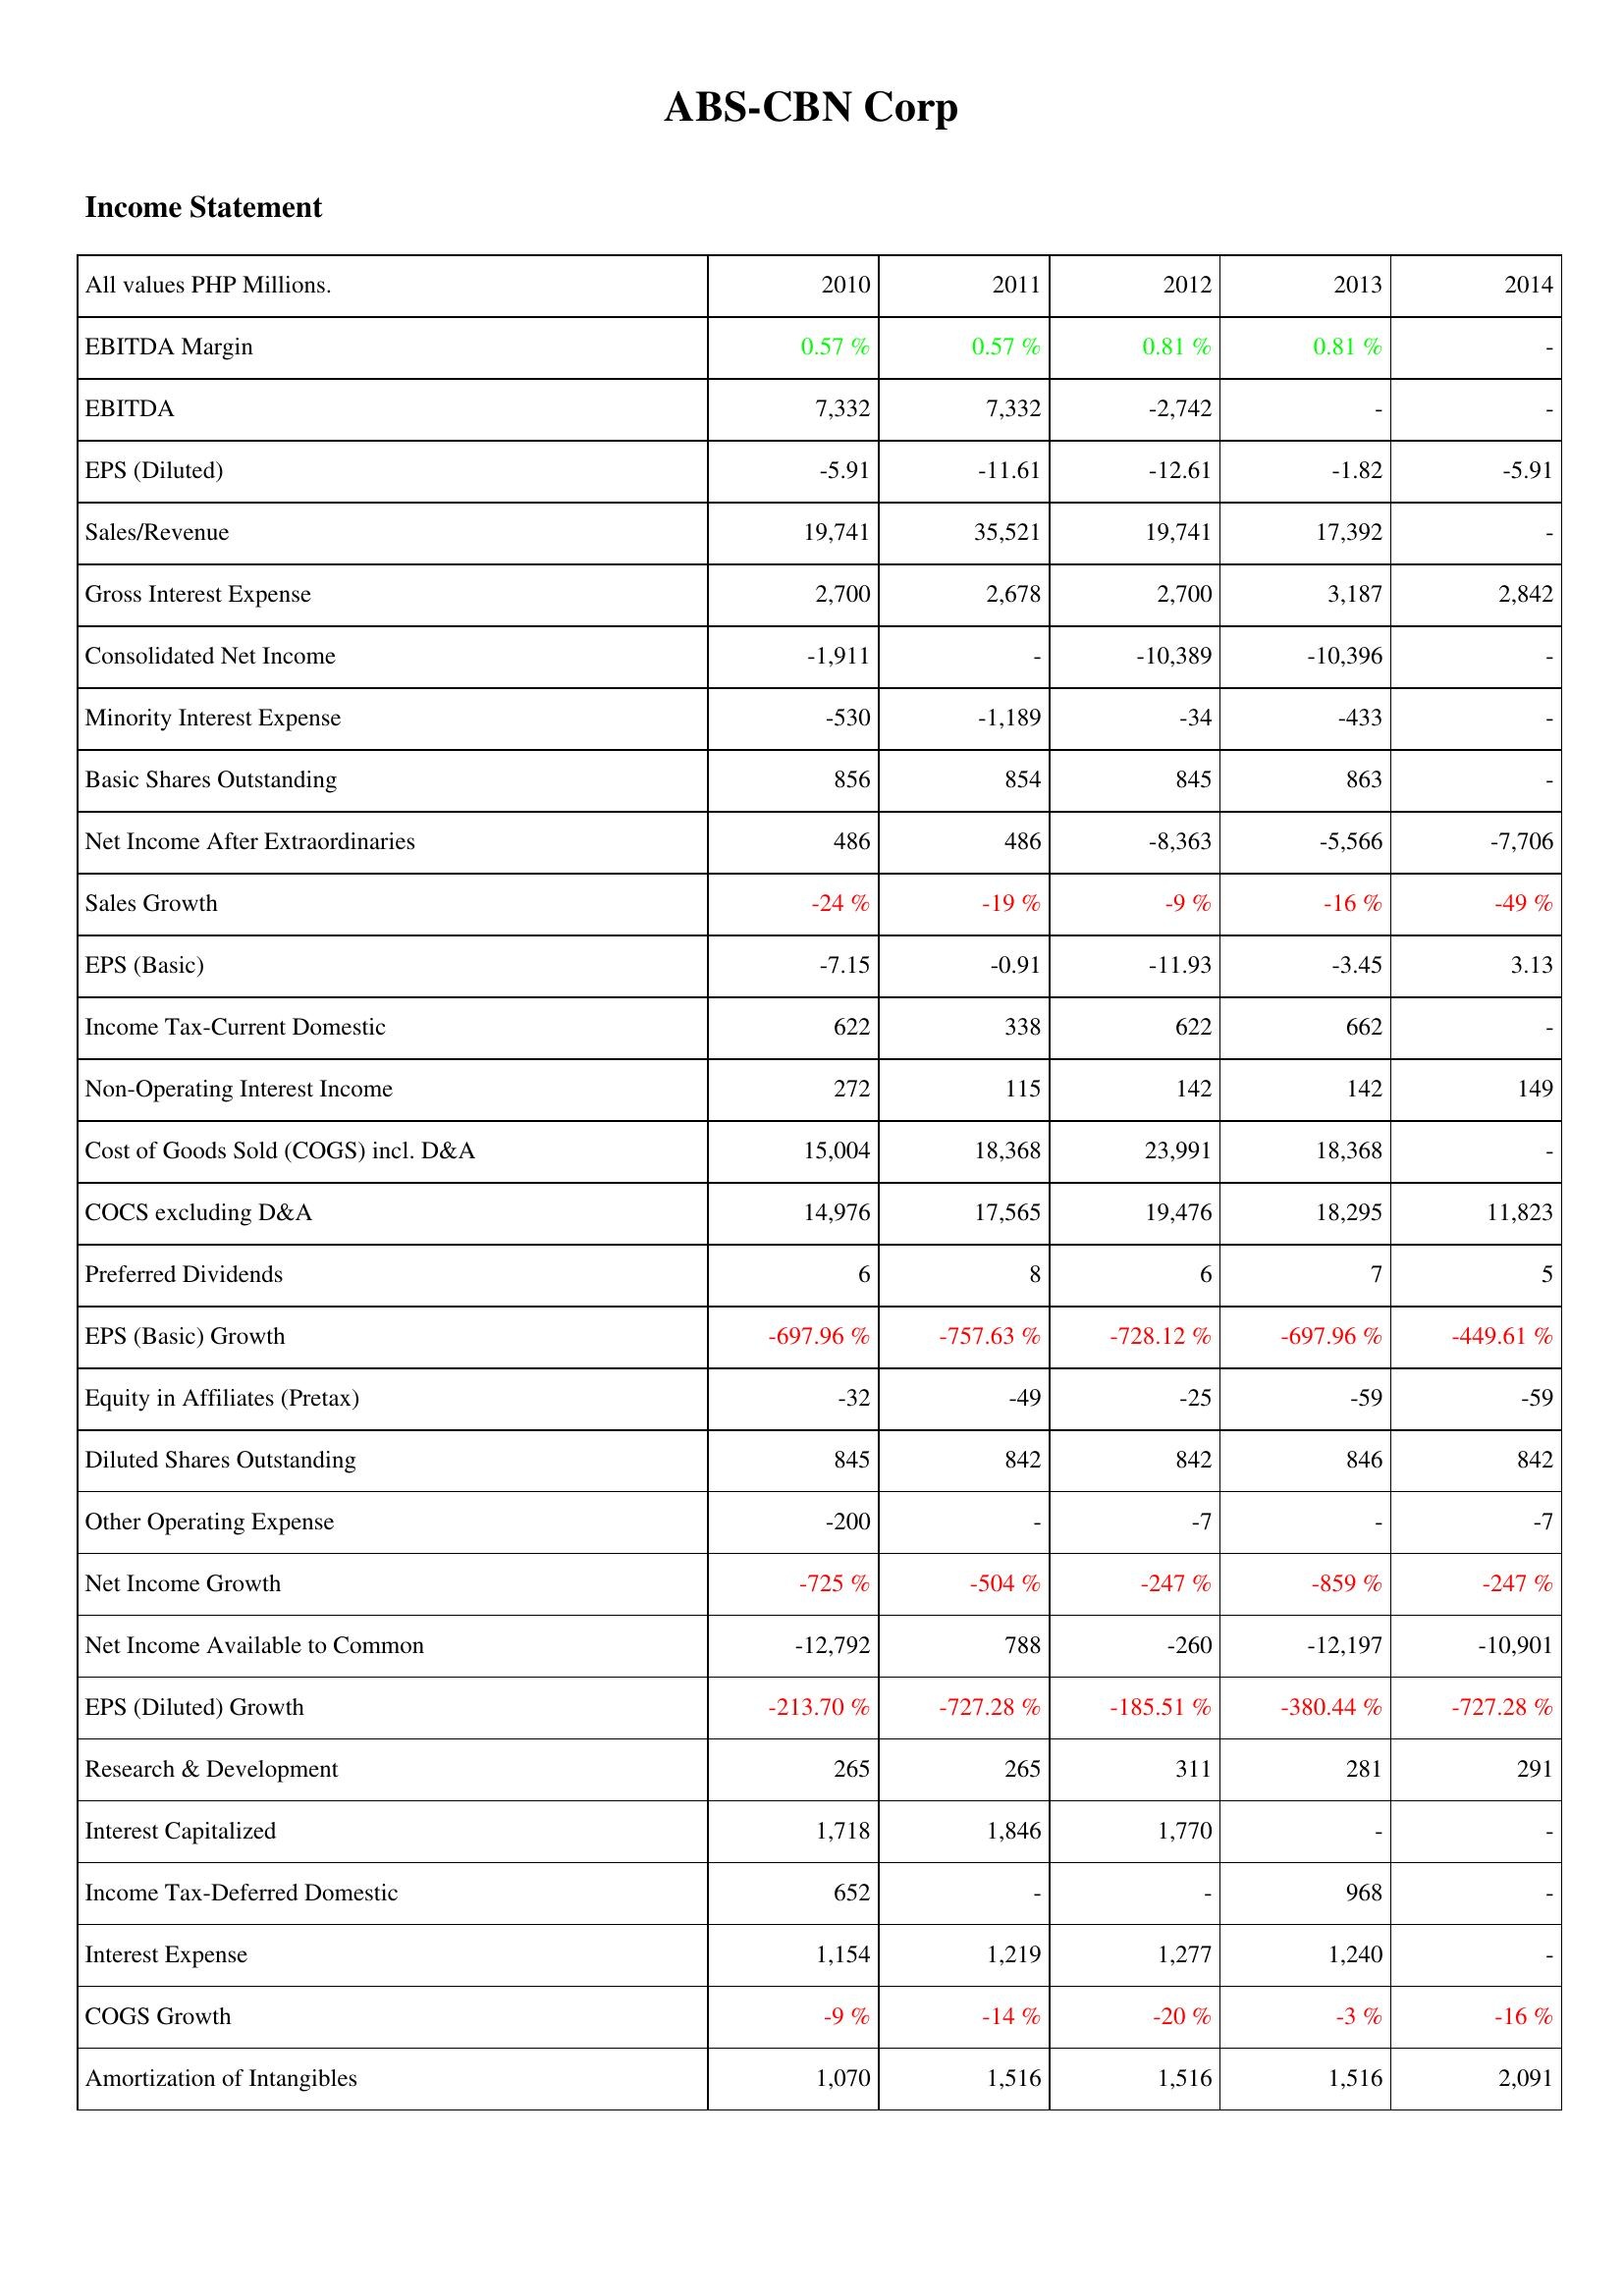
2010: Income Statement: EBITDA Margin: 0.57 %
EBITDA: 7,332
EPS (Diluted): -5.91
Sales/Revenue: 19,741
Gross Interest Expense: 2,700
Consolidated Net Income: -1,911
Minority Interest Expense: -530
Basic Shares Outstanding: 856
Net Income After Extraordinaries: 486
Sales Growth: -24 %
EPS (Basic): -7.15
Income Tax-Current Domestic: 622
Non-Operating Interest Income: 272
Cost of Goods Sold (COGS) incl. D&A: 15,004
COCS excluding D&A: 14,976
Preferred Dividends: 6
EPS (Basic) Growth: -697.96 %
Equity in Affiliates (Pretax): -32
Diluted Shares Outstanding: 845
Other Operating Expense: -200
Net Income Growth: -725 %
Net Income Available to Common: -12,792
EPS (Diluted) Growth: -213.70 %
Research & Development: 265
Interest Capitalized: 1,718
Income Tax-Deferred Domestic: 652
Interest Expense: 1,154
COGS Growth: -9 %
Amortization of Intangibles: 1,070
2011: Income Statement: EBITDA Margin: 0.57 %
EBITDA: 7,332
EPS (Diluted): -11.61
Sales/Revenue: 35,521
Gross Interest Expense: 2,678
Consolidated Net Income: -
Minority Interest Expense: -1,189
Basic Shares Outstanding: 854
Net Income After Extraordinaries: 486
Sales Growth: -19 %
EPS (Basic): -0.91
Income Tax-Current Domestic: 338
Non-Operating Interest Income: 115
Cost of Goods Sold (COGS) incl. D&A: 18,368
COCS excluding D&A: 17,565
Preferred Dividends: 8
EPS (Basic) Growth: -757.63 %
Equity in Affiliates (Pretax): -49
Diluted Shares Outstanding: 842
Other Operating Expense: -
Net Income Growth: -504 %
Net Income Available to Common: 788
EPS (Diluted) Growth: -727.28 %
Research & Development: 265
Interest Capitalized: 1,846
Income Tax-Deferred Domestic: -
Interest Expense: 1,219
COGS Growth: -14 %
Amortization of Intangibles: 1,516
2012: Income Statement: EBITDA Margin: 0.81 %
EBITDA: -2,742
EPS (Diluted): -12.61
Sales/Revenue: 19,741
Gross Interest Expense: 2,700
Consolidated Net Income: -10,389
Minority Interest Expense: -34
Basic Shares Outstanding: 845
Net Income After Extraordinaries: -8,363
Sales Growth: -9 %
EPS (Basic): -11.93
Income Tax-Current Domestic: 622
Non-Operating Interest Income: 142
Cost of Goods Sold (COGS) incl. D&A: 23,991
COCS excluding D&A: 19,476
Preferred Dividends: 6
EPS (Basic) Growth: -728.12 %
Equity in Affiliates (Pretax): -25
Diluted Shares Outstanding: 842
Other Operating Expense: -7
Net Income Growth: -247 %
Net Income Available to Common: -260
EPS (Diluted) Growth: -185.51 %
Research & Development: 311
Interest Capitalized: 1,770
Income Tax-Deferred Domestic: -
Interest Expense: 1,277
COGS Growth: -20 %
Amortization of Intangibles: 1,516
2013: Income Statement: EBITDA Margin: 0.81 %
EBITDA: -
EPS (Diluted): -1.82
Sales/Revenue: 17,392
Gross Interest Expense: 3,187
Consolidated Net Income: -10,396
Minority Interest Expense: -433
Basic Shares Outstanding: 863
Net Income After Extraordinaries: -5,566
Sales Growth: -16 %
EPS (Basic): -3.45
Income Tax-Current Domestic: 662
Non-Operating Interest Income: 142
Cost of Goods Sold (COGS) incl. D&A: 18,368
COCS excluding D&A: 18,295
Preferred Dividends: 7
EPS (Basic) Growth: -697.96 %
Equity in Affiliates (Pretax): -59
Diluted Shares Outstanding: 846
Other Operating Expense: -
Net Income Growth: -859 %
Net Income Available to Common: -12,197
EPS (Diluted) Growth: -380.44 %
Research & Development: 281
Interest Capitalized: -
Income Tax-Deferred Domestic: 968
Interest Expense: 1,240
COGS Growth: -3 %
Amortization of Intangibles: 1,516
2014: Income Statement: EBITDA Margin: -
EBITDA: -
EPS (Diluted): -5.91
Sales/Revenue: -
Gross Interest Expense: 2,842
Consolidated Net Income: -
Minority Interest Expense: -
Basic Shares Outstanding: -
Net Income After Extraordinaries: -7,706
Sales Growth: -49 %
EPS (Basic): 3.13
Income Tax-Current Domestic: -
Non-Operating Interest Income: 149
Cost of Goods Sold (COGS) incl. D&A: -
COCS excluding D&A: 11,823
Preferred Dividends: 5
EPS (Basic) Growth: -449.61 %
Equity in Affiliates (Pretax): -59
Diluted Shares Outstanding: 842
Other Operating Expense: -7
Net Income Growth: -247 %
Net Income Available to Common: -10,901
EPS (Diluted) Growth: -727.28 %
Research & Development: 291
Interest Capitalized: -
Income Tax-Deferred Domestic: -
Interest Expense: -
COGS Growth: -16 %
Amortization of Intangibles: 2,091